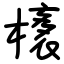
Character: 橠